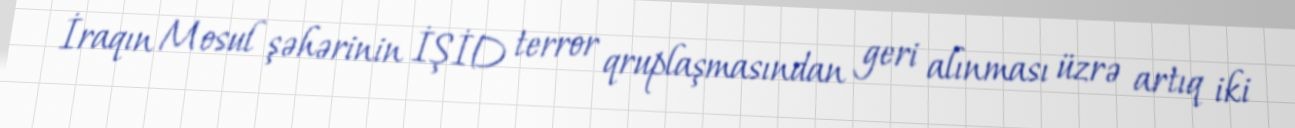
İraqın Mosul şəhərinin İŞİD terror qruplaşmasından geri alınması üzrə artıq iki